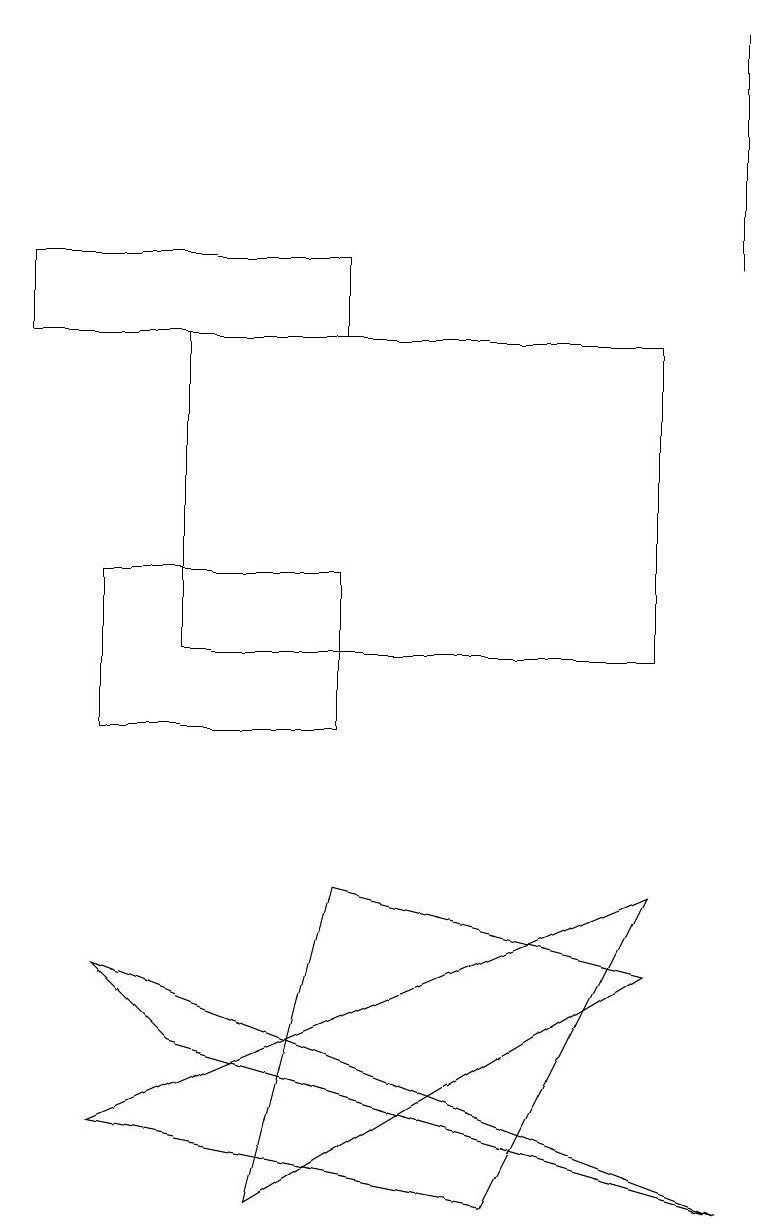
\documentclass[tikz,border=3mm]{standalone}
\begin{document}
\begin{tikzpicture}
\draw (4,15) rectangle (0,16);
\draw (9,16) rectangle (9,19);
\draw (3,4) -- (4,8) -- (8,7) -- cycle;
\draw (1,10) rectangle (4,12);
\draw (1,5) -- (8,8) -- (6,4) -- cycle;
\draw (8,15) rectangle (2,11);
\draw (9,4) -- (1,7) -- (2,6) -- cycle;
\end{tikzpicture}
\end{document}